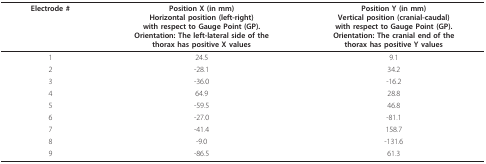
<table><thead><tr><td><b>Electrode #</b></td><td><b>Position X (in mm)Horizontal position (left-right)with respect to Gauge Point (GP).Orientation: The left-lateral side of thethorax has positive X values</b></td><td><b>Position Y (in mm)Vertical position (cranial-caudal)with respect to Gauge Point (GP).Orientation: The cranial end of thethorax has positive Y values</b></td></tr></thead><tbody><tr><td>1</td><td>24.5</td><td>9.1</td></tr><tr><td>2</td><td>-28.1</td><td>34.2</td></tr><tr><td>3</td><td>-36.0</td><td>-16.2</td></tr><tr><td>4</td><td>64.9</td><td>28.8</td></tr><tr><td>5</td><td>-59.5</td><td>46.8</td></tr><tr><td>6</td><td>-27.0</td><td>-81.1</td></tr><tr><td>7</td><td>-41.4</td><td>158.7</td></tr><tr><td>8</td><td>-9.0</td><td>-131.6</td></tr><tr><td>9</td><td>-86.5</td><td>61.3</td></tr></tbody></table>